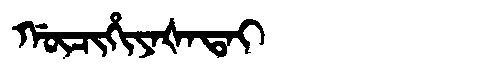
Manchu: ᡤᡡᠴᡳᡥᡳᠶᠠᡧᠠᡨᠠᡳ
Romanization: GŪCIHIYAŠATAI